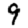
Digit: 9